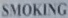
SMOKING